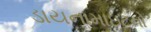
ડાયનામાઇટનો